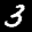
Label: 3